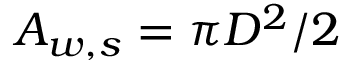
A _ { w , s } = \pi D ^ { 2 } / 2